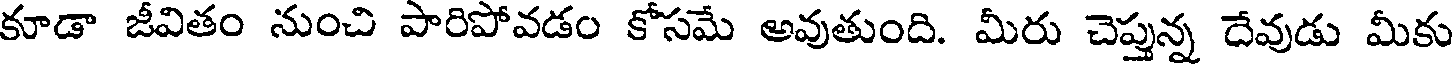
కూడా జీవితం నుంచి పారిపోవడం కోసమే అవుతుంది. మీరు చెప్తున్న దేవుడు మీకు